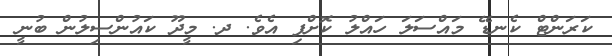
ކަރަންޓް ކެނޑޭ މައްސަލަ ހައްލު ކޮށްފި އެވެ. ދ. މީދޫ ކައުންސިލުން ބުނީ